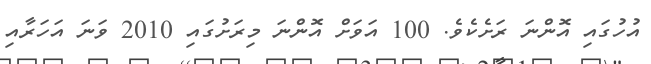
އުހުގައި އޮންނަ ރަށެކެވެ. 100 އަވަށް އޮންނަ މިރަށުގައި 2010 ވަނަ އަހަރާއި